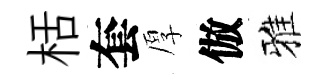
栝套厚倣雅